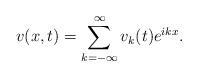
LaTeX: \begin{align*}v(x,t)=\sum_{k=-\infty}^{\infty}v_k(t)e^{ikx}.\end{align*}